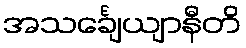
အသင်္ချေယျာနီတိ